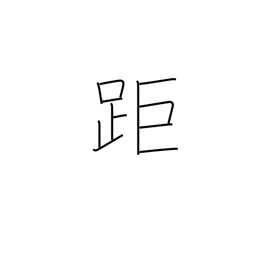
Meaning: long-distance